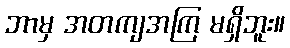
ဘာမှ အတကျအကြ မရှိဘူး။